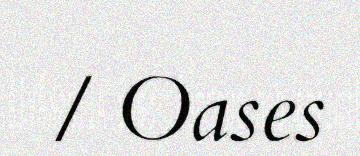
/ Oases